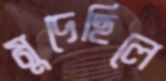
মুদেছিলে